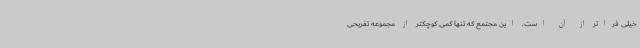
خیلی فراتر از آن است. این مجتمع که تنها کمی کوچکتر از مجموعه تفریحی